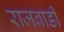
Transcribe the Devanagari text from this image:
राजवाडी